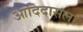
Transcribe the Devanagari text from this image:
आदिदासला